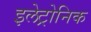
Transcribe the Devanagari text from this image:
इलेट्रोनिक